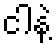
ငါနဲ့